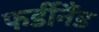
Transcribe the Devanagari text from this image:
फर्डीनैंड